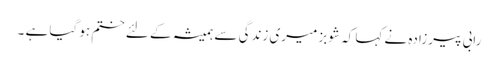
رابی پیرزادہ نے کہا کہ شوبز میری زندگی سے ہمیشہ کے لئے ختم ہو گیا ہے ۔